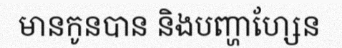
មានកូនបាន និងបញ្ហាហ្សែន